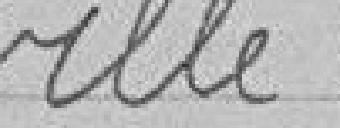
ville.